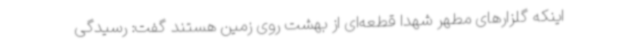
اینکه گلزارهای مطهر شهدا قطعه‌ای از بهشت روی زمین هستند گفت: رسیدگی